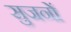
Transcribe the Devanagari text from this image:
सुजनों